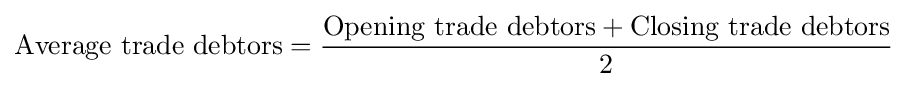
{\mbox{Average trade debtors}}={\frac {{\mbox{Opening trade debtors}}+{\mbox{Closing trade debtors}}}{\mbox{2}}}